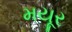
મયૂર